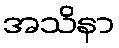
အသိနာ